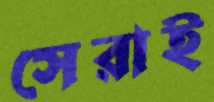
সেরাই